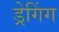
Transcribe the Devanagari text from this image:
ड्रेगिंग